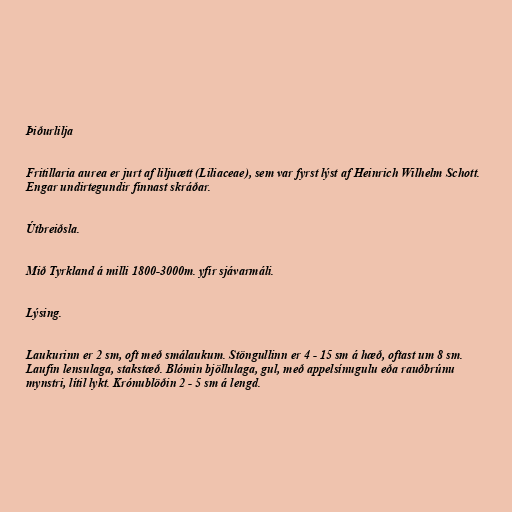
Þiðurlilja

Fritillaria aurea er jurt af liljuætt (Liliaceae), sem var fyrst lýst af Heinrich Wilhelm Schott.
Engar undirtegundir finnast skráðar.

Útbreiðsla.

Mið Tyrkland á milli 1800-3000m. yfir sjávarmáli.

Lýsing.

Laukurinn er 2 sm, oft með smálaukum. Stöngullinn er 4 - 15 sm á hæð, oftast um 8 sm.
Laufin lensulaga, stakstæð. Blómin bjöllulaga, gul, með appelsínugulu eða rauðbrúnu
mynstri, lítil lykt. Krónublöðin 2 - 5 sm á lengd.